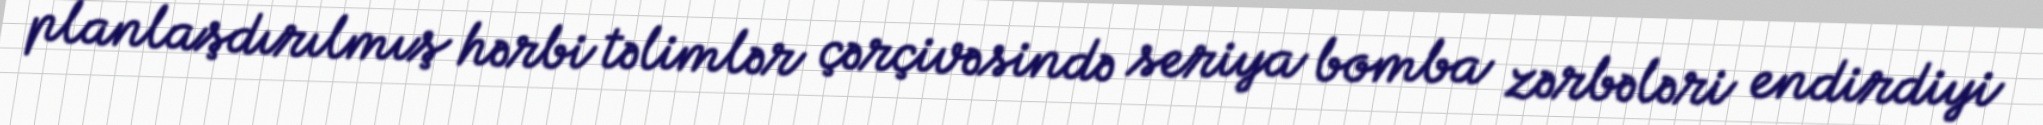
planlaşdırılmış hərbi təlimlər çərçivəsində seriya bomba zərbələri endirdiyi